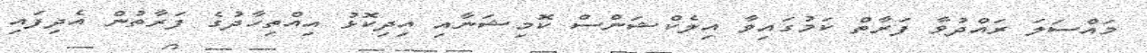
މައްސަލަ ރައްދުވާ ފަރާތް ކަމުގައިވާ އިލެކްޝަންސް ކޮމިޝަނާއި އިދިކޮޅު އިއްތިހާދުގެ ފަރާތުން އެދިފައި